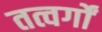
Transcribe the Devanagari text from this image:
तत्वर्गों